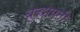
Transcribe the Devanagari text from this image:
बुद्धाप्रती